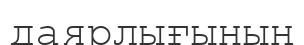
даярлығының